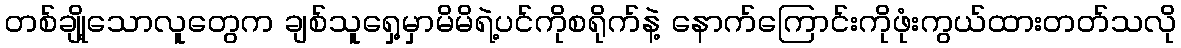
တစ်ချို့သောလူတွေက ချစ်သူရှေ့မှာမိမိရဲ့ပင်ကိုစရိုက်နဲ့ နောက်ကြောင်းကိုဖုံးကွယ်ထားတတ်သလို